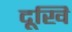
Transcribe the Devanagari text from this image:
दूखि